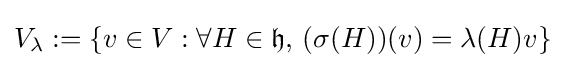
V_{\lambda }:=\{v\in V:\forall H\in {\mathfrak {h}},\,(\sigma (H))(v)=\lambda (H)v\}